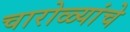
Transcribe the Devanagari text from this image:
चारोळ्यांचे